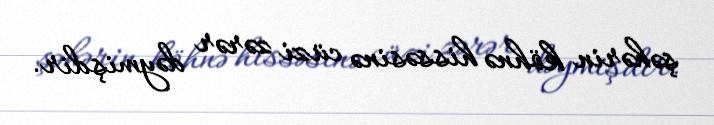
şəhərin köhnə hissəsinə cüzi zərər dəymişdir.